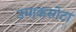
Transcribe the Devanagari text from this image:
उमाकसोटा